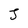
Character: J